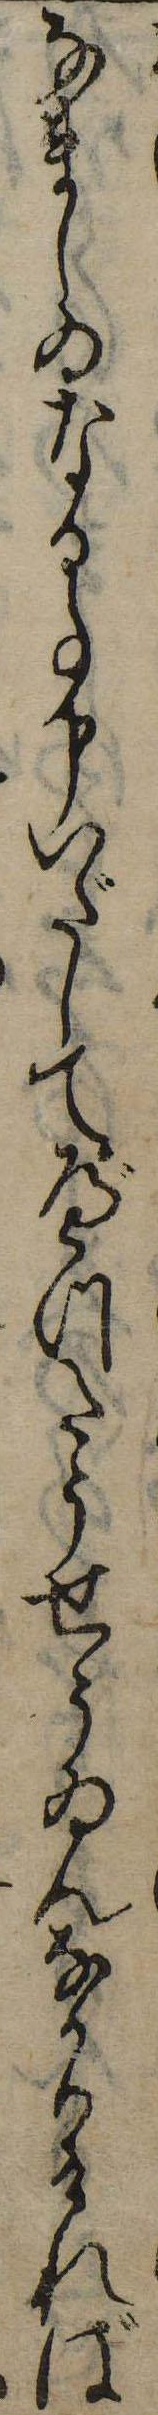
なまじゐなる事申いだしてべつたうせうゐんなかりければ